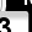
Digit: 3